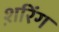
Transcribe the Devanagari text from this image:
श़रिंग